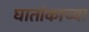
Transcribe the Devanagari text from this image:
घातांकाच्या